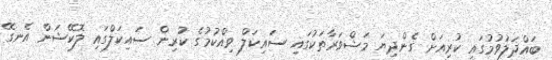
ބައްދަލުވުމުގައި ކުރިއަށް ގެންދިޔަ މަޝްވަރާތަކުގައި ސައިކަލް ވިއްކުމުގެ ކުރިން ސައިކަލްގައި ލޮކޭޝަން އެނގޭ